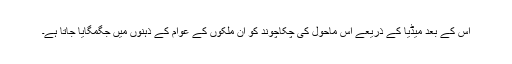
اس کے بعد میڈیا کے ذریعے اس ماحول کی چکاچوند کو ان ملکوں کے عوام کے ذہنوں میں جگمگایا جاتا ہے۔